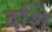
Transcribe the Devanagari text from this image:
दशि